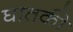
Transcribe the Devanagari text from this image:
घातकी